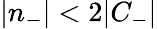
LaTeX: |n_{-}|<2|C_{-}|